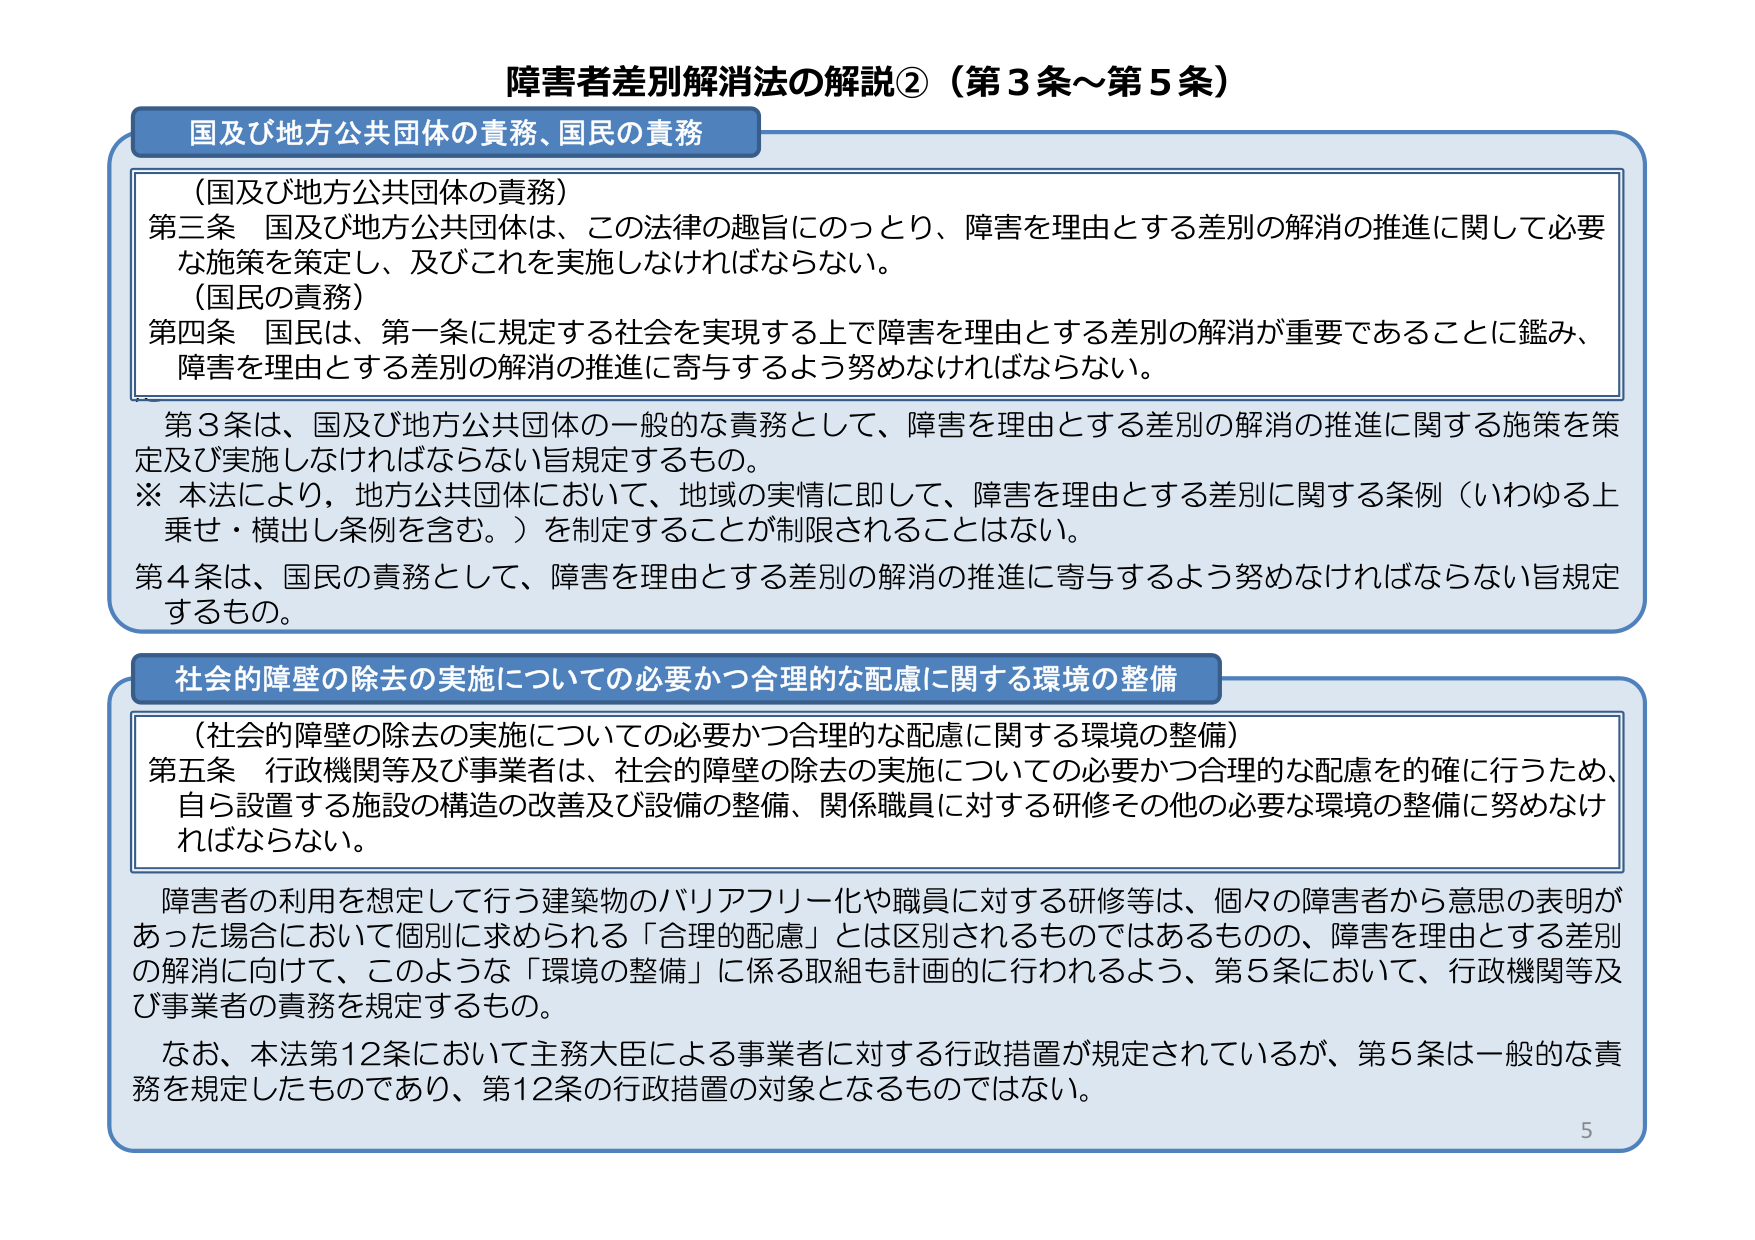
障害者差別解消法の解説②（第3条～第5条）

国及び地方公共団体の責務、国民の責務

（国及び地方公共団体の責務）
第三条　国及び地方公共団体は、この法律の趣旨にのっとり、障害を理由とする差別の解消の推進に関して必要な施策を策定し、及びこれを実施しなければならない。

（国民の責務）
第四条　国民は、第一条に規定する社会を実現する上で障害を理由とする差別の解消が重要であることに鑑み、障害を理由とする差別の解消の推進に寄与するよう努めなければならない。

第3条は、国及び地方公共団体の一般的な責務として、障害を理由とする差別の解消の推進に関する施策を策定及び実施しなければならない旨規定するもの。
※ 本法により、地方公共団体において、地域の実情に即して、障害を理由とする差別に関する条例（いわゆる上乗せ・横出し条例を含む。）を制定することが制限されることはない。
第4条は、国民の責務として、障害を理由とする差別の解消の推進に寄与するよう努めなければならない旨規定するもの。

社会的障壁の除去の実施についての必要かつ合理的な配慮に関する環境の整備

（社会的障壁の除去の実施についての必要かつ合理的な配慮に関する環境の整備）
第五条　行政機関等及び事業者は、社会的障壁の除去の実施についての必要かつ合理的な配慮を的確に行うため、自ら設置する施設の構造の改善及び設備の整備、関係職員に対する研修その他の必要な環境の整備に努めなければならない。

障害者の利用を想定して行う建築物のバリアフリー化や職員に対する研修等は、個々の障害者から意思の表明があった場合において個別に求められる「合理的配慮」とは区別されるものではあるものの、障害を理由とする差別の解消に向けて、このような「環境の整備」に係る取組も計画的に行われるよう、第5条において、行政機関等及び事業者の責務を規定するもの。

なお、本法第12条において主務大臣による事業者に対する行政措置が規定されているが、第5条は一般的な責務を規定したものであり、第12条の行政措置の対象となるものではない。

5